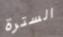
السترة